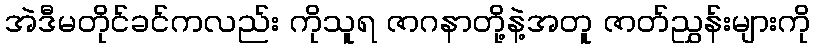
အဲဒီမတိုင်ခင်ကလည်း ကိုသူရ ဇာဂနာတို့နဲ့အတူ ဇာတ်ညွှန်းများကို